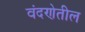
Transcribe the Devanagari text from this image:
वंदणेतील